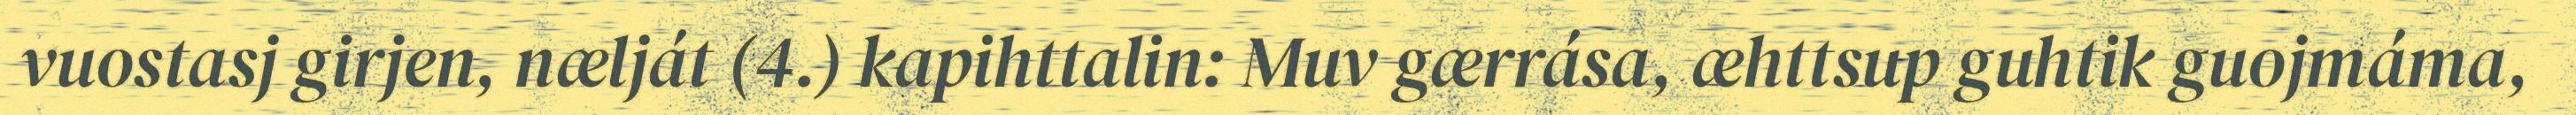
vuostasj girjen, nælját (4.) kapihttalin: Muv gærrása, æhttsup guhtik guojmáma,